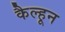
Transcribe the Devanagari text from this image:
कैल्हून